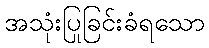
အသုံးပြုခြင်းခံရသော